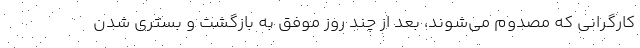
کارگرانی که مصدوم می‌شوند، بعد از چند روز موفق به بازگشت و بستری شدن